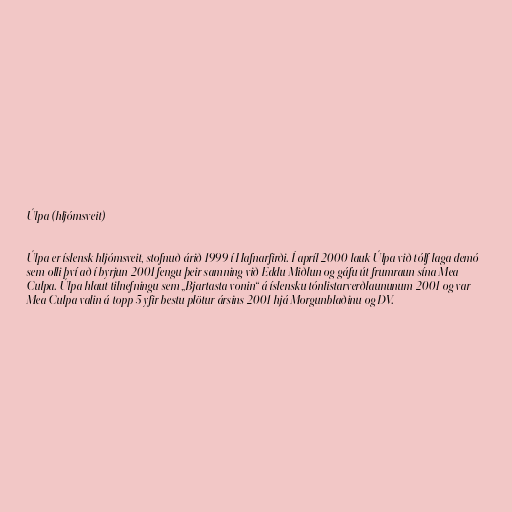
Úlpa (hljómsveit)

Úlpa er íslensk hljómsveit, stofnuð árið 1999 í Hafnarfirði. Í apríl 2000 lauk Úlpa við tólf laga demó
sem olli því að í byrjun 2001 fengu þeir samning við Eddu Miðlun og gáfu út frumraun sína Mea
Culpa. Úlpa hlaut tilnefningu sem „Bjartasta vonin“ á íslensku tónlistarverðlaununum 2001 og var
Mea Culpa valin á topp 5 yfir bestu plötur ársins 2001 hjá Morgunblaðinu og DV.